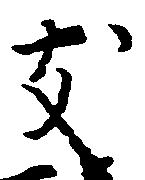
支